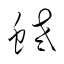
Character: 蛯